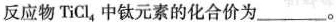
反应物TiCl，中钛元素的化合价为___。